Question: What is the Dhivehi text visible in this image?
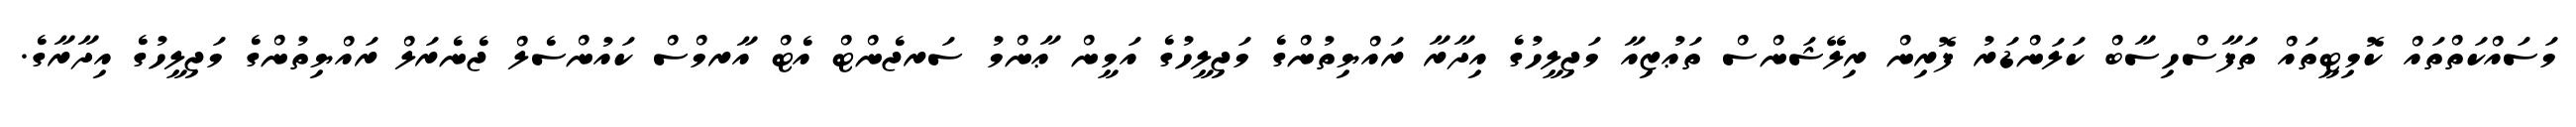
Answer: މަސައްކަތްތައް ކޮމިޓީތައް ތަފާސްހިސާބް ކަލަންޑަރު ފޮރިން ރިލޭޝަންސް ތަޢުޒިއާ މަޖިލީހުގެ އިދާރާ ރައްޔިތުންގެ މަޖިލީހުގެ އަމީން ޢާންމު ސަރޖެންޓް އެޓް އާރމްސް ކައުންސެލް ޖެނެރަލް ރައްޔިތުންގެ މަޖިލީހުގެ އިދާރާގެ.